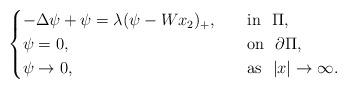
LaTeX: \begin{align*}\begin{cases}-\Delta \psi +\psi =\lambda(\psi -Wx_2)_+, \quad&\mathrm{in}\ \ \Pi ,\\\psi =0,&\mathrm{on}\ \ \partial \Pi ,\\\psi \rightarrow 0,&\mathrm{as}\ \ |x|\rightarrow \infty .\\\end{cases}\end{align*}